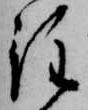
注